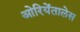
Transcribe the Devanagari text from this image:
ओरियेंतालेस